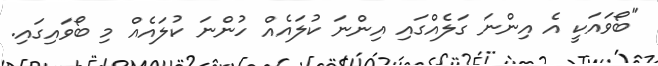
"ބޯވައަކީ އެ އިންނަ ގަލެއްގައި އިންނަ ކުލައެއް ހުންނަ ކުލައެއް މި ބޯވައިގައި.